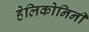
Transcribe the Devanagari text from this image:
हेलिकोनिनी